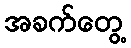
အခက်တွေ့